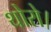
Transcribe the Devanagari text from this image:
थोरो।